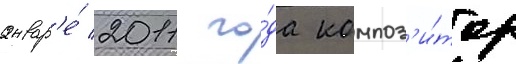
январ'е́ 2011 го́да композ'и́тор